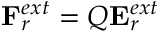
{ \bf { F } } _ { r } ^ { e x t } = { Q } { \bf { E } } _ { r } ^ { e x t }